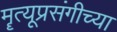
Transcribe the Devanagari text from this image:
मॄत्यूप्रसंगीच्या